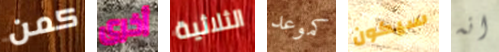
كمن أخرى الثلاثية كموعد سيكون انه